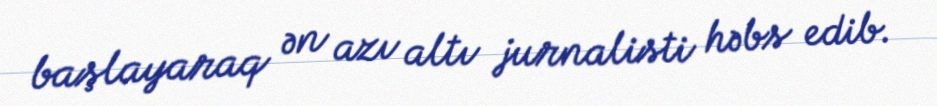
başlayaraq ən azı altı jurnalisti həbs edib.